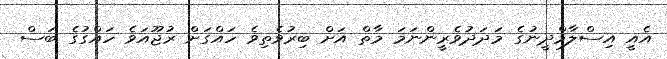
އެއީ އިސްލާމްދީނުގެ މަދަދުވެރީންނަމަ މާތް އަށް ބިރުވެތިވެ ހައްގަށް ރުޖޫއަވެ ހައްގުގެ ބަސް